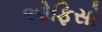
ઓફિસો